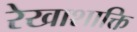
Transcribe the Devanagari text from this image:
रेखाशाक्ति